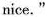
nice."